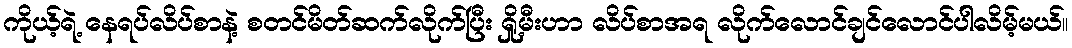
ကိုယ့်ရဲ့ နေရပ်လိပ်စာနဲ့ စတင်မိတ်ဆက်လိုက်ပြီး ရှို့မီးဟာ လိပ်စာအရ လိုက်လောင်ချင်လောင်ပါလိမ့်မယ်။